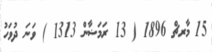
15 މާރޗް 1896 ( 13 ރަމަޟާން 1313 ) ވަނަ ދުވަހު